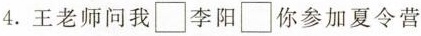
4.王老师问我□李阳□你参加夏令营